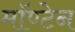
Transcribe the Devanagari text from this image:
मॉण्टेन